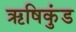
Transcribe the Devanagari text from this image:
ऋषिकुंड